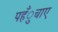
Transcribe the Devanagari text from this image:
पहँुचाए